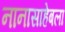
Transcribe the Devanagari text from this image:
नानासाहेबला